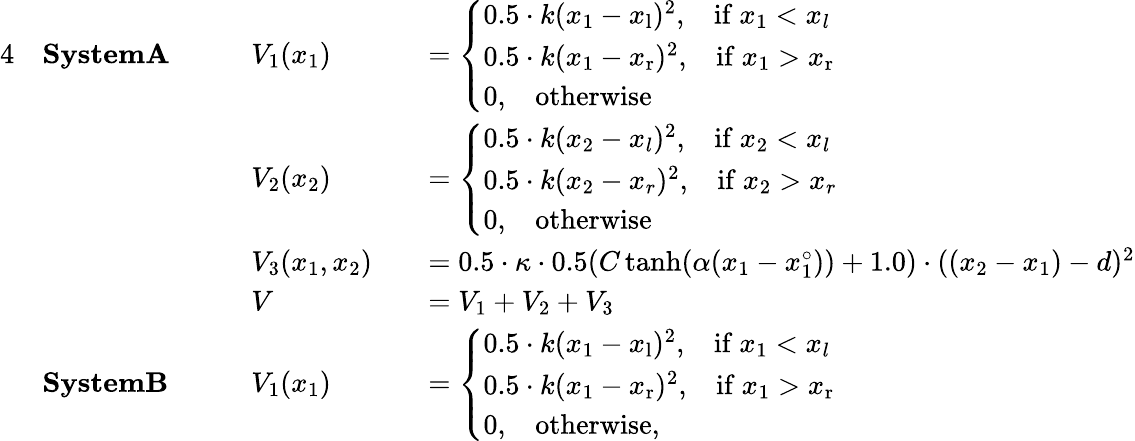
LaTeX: \begin{array}{rlrlrl}{{4}}&{\textbf{SystemA}\: \: \: \: }&&{V_{1}(x_{1})}&&{=\left\{ \begin{array}{ll}{0.5\cdot k(x_{1}-x_{\mathrm{l}})^{2},\: \: \: \: \mathrm{if}\ x_{1}<x_{l}}\\ {0.5\cdot k(x_{1}-x_{\mathrm{r}})^{2},\: \: \: \: \mathrm{if}\ x_{1}>x_{\mathrm{r}}}\\ {0,\: \: \: \: \mathrm{otherwise}}\end{array}\right.}\\ &{}&&{V_{2}(x_{2})}&&{=\left\{ \begin{array}{ll}{0.5\cdot k(x_{2}-x_{l})^{2},\: \: \: \: \mathrm{if}\ x_{2}<x_{l}}\\ {0.5\cdot k(x_{2}-x_{r})^{2},\: \: \: \: \mathrm{if}\ x_{2}>x_{r}}\\ {0,\: \: \: \: \mathrm{otherwise}}\end{array}\right.}\\ &{}&&{V_{3}(x_{1},x_{2})}&&{=0.5\cdot\kappa\cdot 0.5(C\operatorname{tanh}(\alpha(x_{1}-x_{1}^{\circ}))+1.0)\cdot((x_{2}-x_{1})-d)^{2}}\\ &{}&&{V}&&{=V_{1}+V_{2}+V_{3}}\\ &{\textbf{SystemB}\: \: \: \: }&&{V_{1}(x_{1})}&&{=\left\{ \begin{array}{ll}{0.5\cdot k(x_{1}-x_{\mathrm{l}})^{2},\: \: \: \: \mathrm{if}\ x_{1}<x_{l}}\\ {0.5\cdot k(x_{1}-x_{\mathrm{r}})^{2},\: \: \: \: \mathrm{if}\ x_{1}>x_{\mathrm{r}}}\\ {0,\: \: \: \: \mathrm{otherwise},}\end{array}\right.}\end{array}